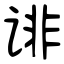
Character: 诽